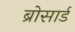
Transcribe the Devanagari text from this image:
ब्रोसार्ड